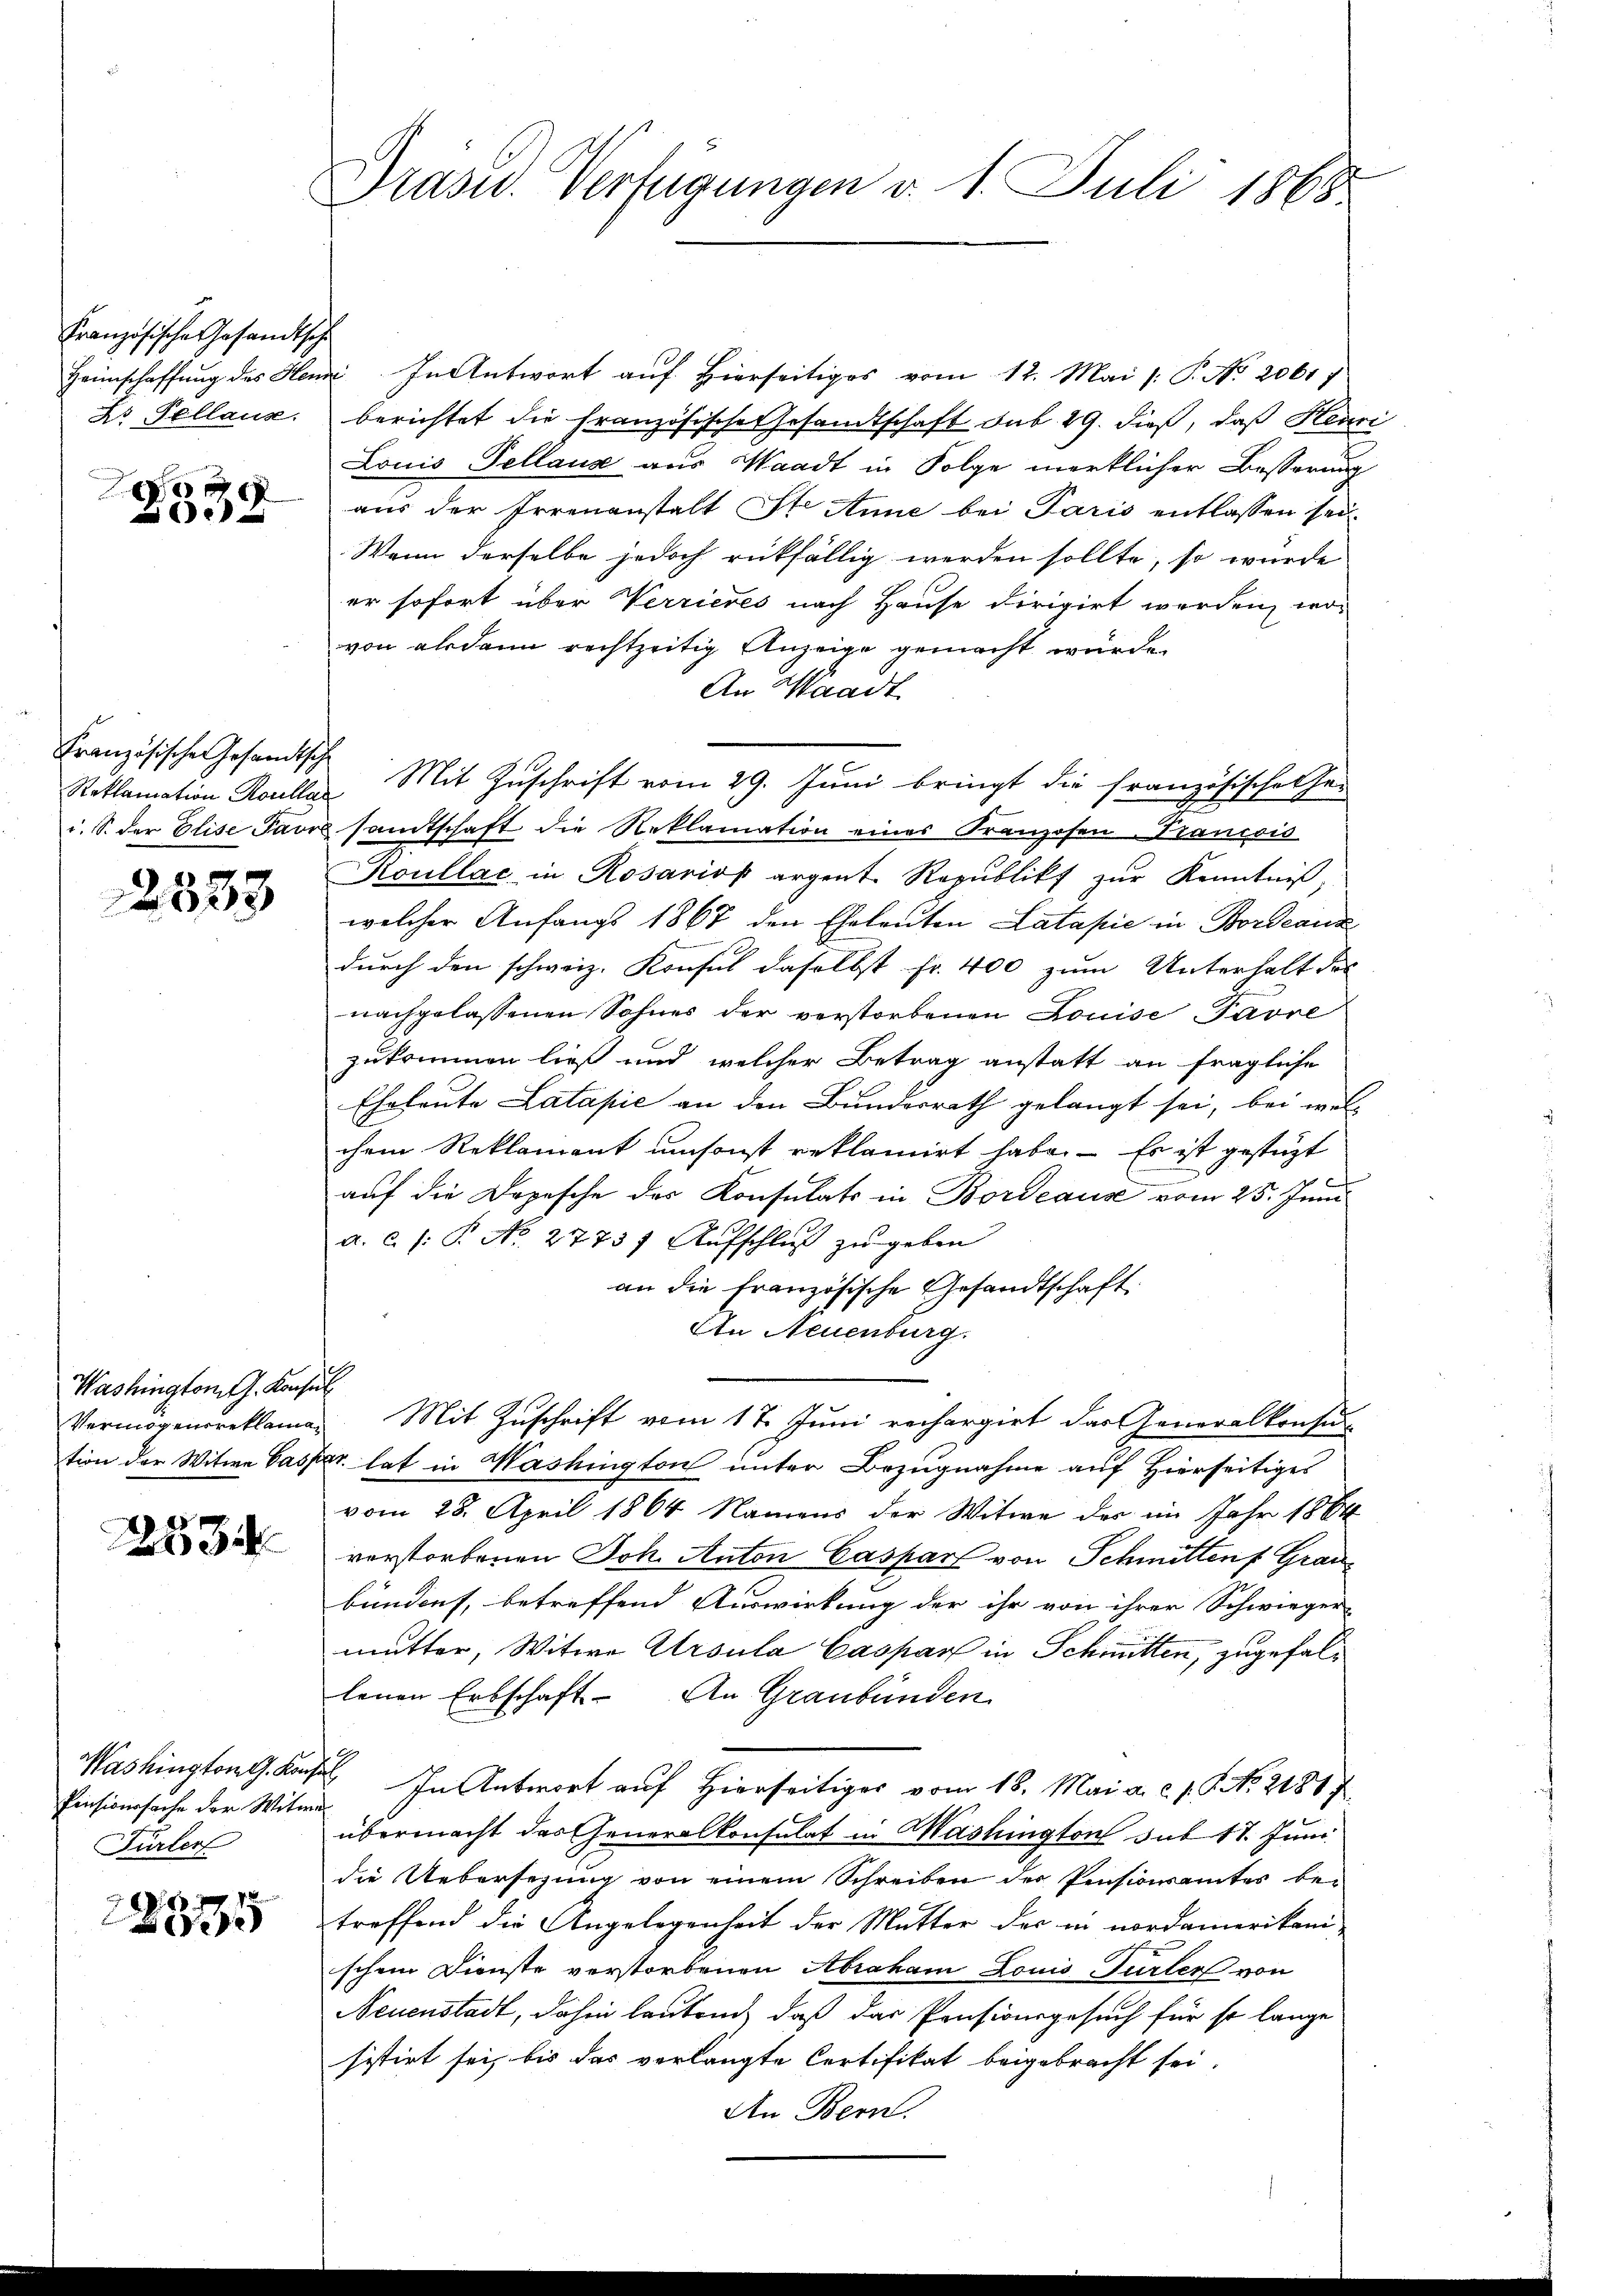
Französische Gesandtsche

E
.
x

Französische Gesandtsche

2353

Washington J. Konsul

12534

Pensionssache der Witwe
Fürler

223

Präsid. Verfügungen v. 1. Juli 1868

Heimschaffung des Henz. In Antwort auf Hierseitiges vom 12. Mai /: P. No. 2061 f.
Dr. Pellaus berichtet die französische Gesandtschaft sub 29. dieß, daß Henri
Louis Tellause aus Waadt in Folge merklicher Besserung
aus der Irrenanstalt St. Anne bei Paris entlassen sei.
Wenn derselbe jedoch rückfällig werden sollte, so wurde
er sofort über Verrieres nach Hause dirigirt werden, wovon alsdann rechtzeitig Anzeige gemacht würde.
An Waadt
Reklamation Roulla Mit Zuschrift vom 29. Juni bringt die französische thei
i. S. der Elise Pavre samtschaft die Reklamation eines Franzosen. Trancois
Koullac in Rosario argent. Republik zŭr Kenntniβ,
welcher Anfangs 1867 den Eheleuten Latapie in Bordeaus
durch den schweiz. Konsul daselbst Fr. 400 zum Unterhalt des
nachgelassenen Sohnes der verstorbenen Louise Pavre
zukommen ließ und welcher Betrag anstatt an fragliche
Eheleute Latapić an den Bundesrath gelangt sei, bei wel-
chren Reklamant umsonst reklamirt habe. – Es ist gestüzt
auf die Depesche des Konsulats in Bordeaus vom 25. Juni
a. c. /: P. No. 27737 Aŭfschluß zu geben
an die Französische Gesandtschaft
An Neuenburg.
Vermögensreklamar Mit Zŭschrift vom 17. Jŭni rechargirt das Generalkonsŭn
tion der Witwe Caspar hat in Washington unter Bezugnahme auf Hierseitiges
vom 28. April 1864 Namens der Witwe der im Jahr 1884
verstorbenen Joh. Anton Caspar von Schmitten Grau
bündet, betreffend Auswirkung der ihr von ihrer Schwieger-
mutter, Witwe Arsula Caspar in Schmitten, zugefallenen Erbschaft. An Graubünden
Washington Basel In Antwort auf Hierseitiger vom 18. Mai a. c. J. G. No. 21817
übermacht das Generalkonsulat in Washington sub 11. Juni
die Uebersezung von einem Schreiben der Pensionsamtes betreffend die Angelegenheit der Mutter der in nordamerikani-
schem Dienste verstorbenen Abraham Louis Türler von
Neuenstadt, dahin lautend, daß das Pensionsgesuch für so lange
sistirt sei, bis das verlangte Certifikat beigebracht sei.
An Bern.